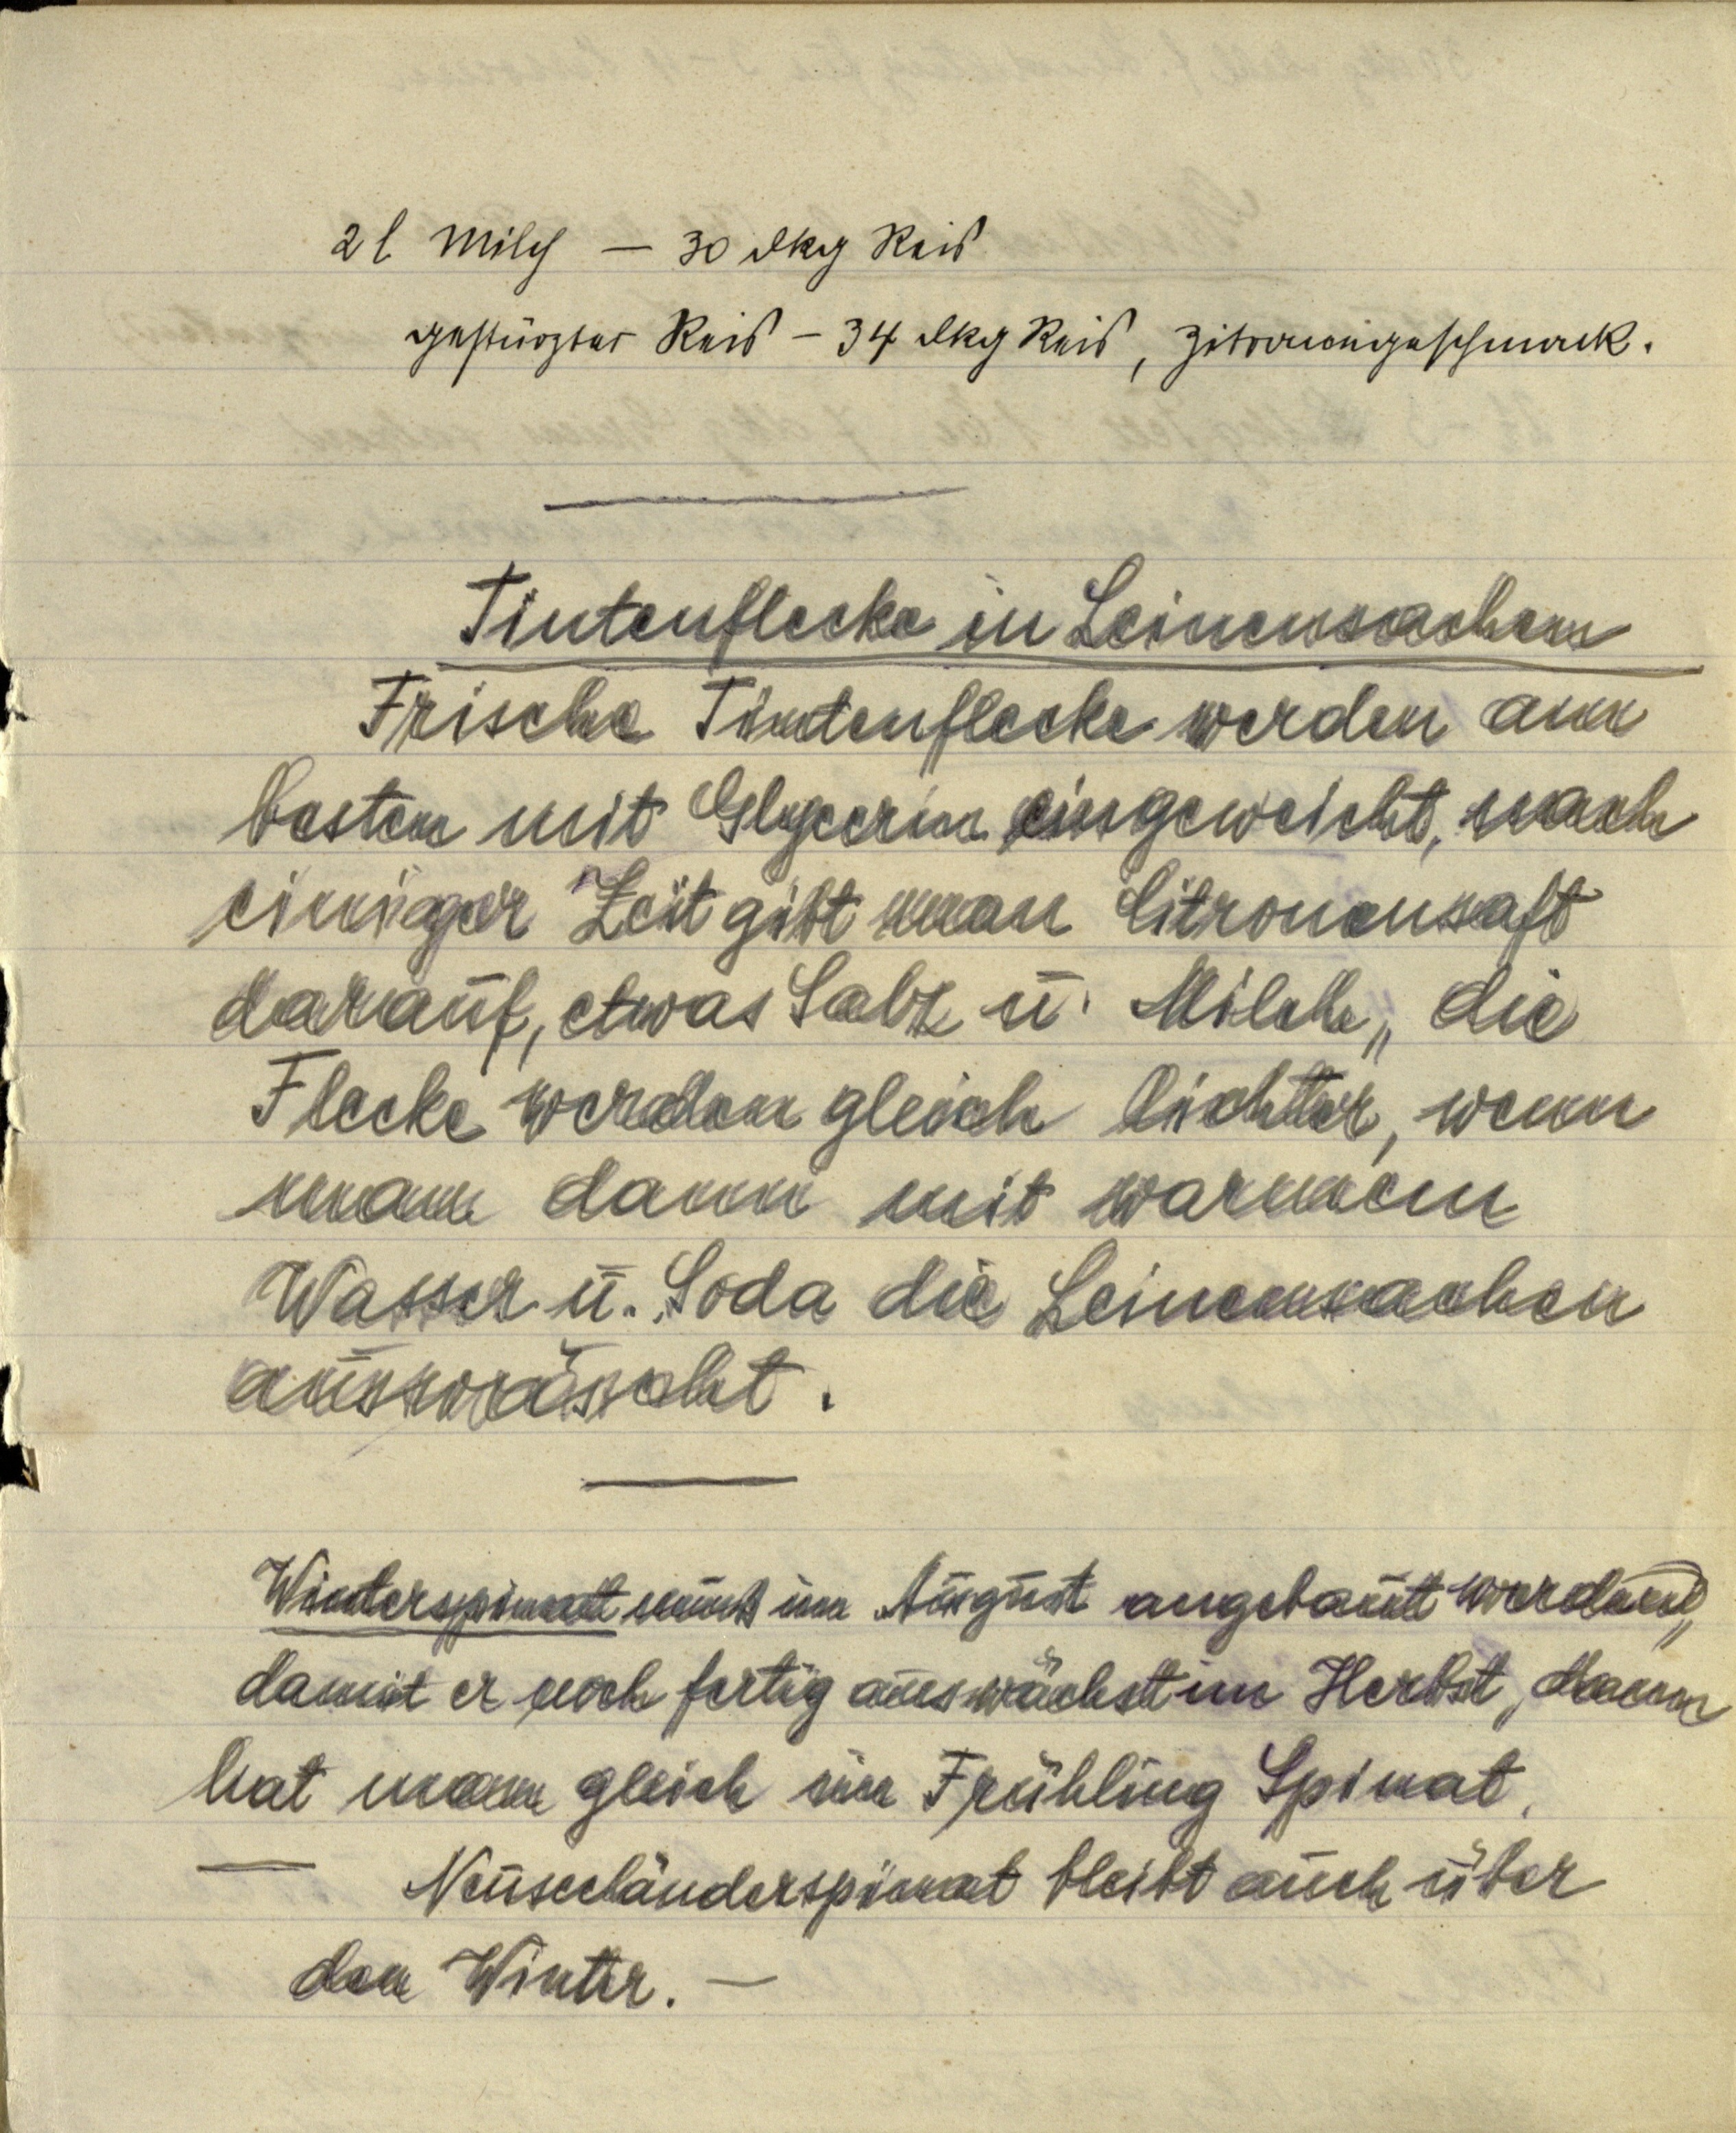
2l Milch — 30 dkg Reis
gestürzter Reis — 34 dkg Reis, Zitronengeschmack.

Tintenflecke in Leinensachen
Frische Tintenflecke werden am
besten mit Glycerin eingeweicht, nach
einiger Zeit gibt man Citronensaft
darauf, etwas Salz u. Milch, die
Flecke werden gleich lichter, wenn
man dann mit warmem
Wasser u. Soda die Leinensachen
auswäscht.

Winterspinat muß im August angebaut werden,
damit er noch fertig auswächst im Herbst, dann
hat man gleich im Frühling Spinat.
— Neuseeländerspinat bleibt auch über
den Winter. —